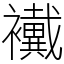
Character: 襶